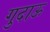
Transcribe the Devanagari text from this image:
गुदाऊ